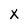
Character: X